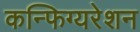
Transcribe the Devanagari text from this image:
कन्फिग्यरेशन